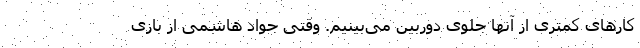
کارهای کمتری از آنها جلوی دوربین می‌بینیم. وقتی جواد هاشمی از بازی